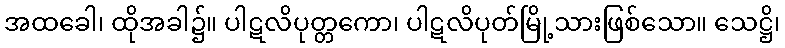
အထခေါ၊ ထိုအခါ၌။ ပါဋလိပုတ္တကော၊ ပါဋလိပုတ်မြို့သားဖြစ်သော။ သေဋ္ဌိ၊